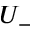
U _ { - }